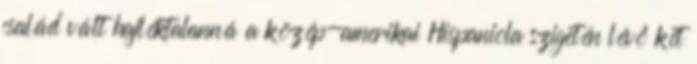
család vált hajléktalanná a közép-amerikai Hispaniola szigetén lévő két